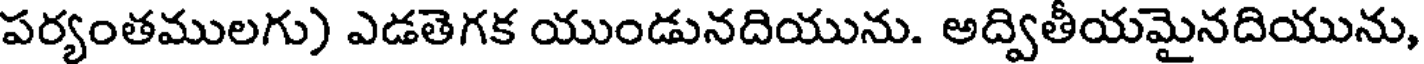
పర్యంతములగు) ఎడతెగక యుండునదియును. అద్వితీయమైనదియును,